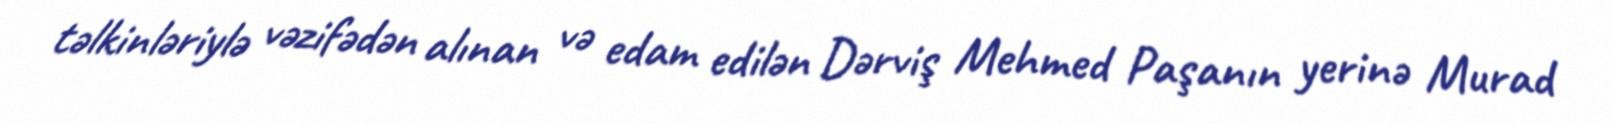
təlkinləriylə vəzifədən alınan və edam edilən Dərviş Mehmed Paşanın yerinə Murad